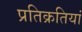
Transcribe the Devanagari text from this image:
प्रतिक्रतियां